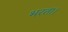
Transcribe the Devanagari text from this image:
भरता।